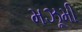
મઝૂમી